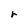
Character: r